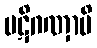
ပဋိဂဏှာမိ